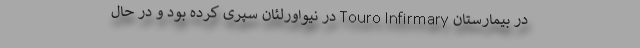
در بیمارستان Touro Infirmary در نیواورلئان سپری کرده بود و در حال